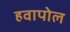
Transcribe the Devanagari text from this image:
हवापोल